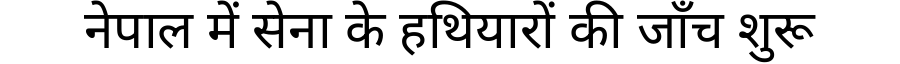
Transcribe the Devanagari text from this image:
नेपाल में सेना के हथियारों की जाँच शुरू